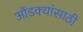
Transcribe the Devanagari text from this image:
ओंडक्यांसाठी